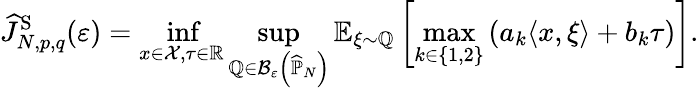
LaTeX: \widehat{J}_{N,p,q}^{\mathrm{S}}(\varepsilon)=\operatorname*{inf}_{x\in\mathcal{X},\tau\in\mathbb{R}}\operatorname*{sup}_{\mathbb{Q}\in\mathcal{B}_{\varepsilon}\left(\widehat{\mathbb{P}}_{N}\right)}\mathbb{E}_{\xi\sim\mathbb{Q}}\left[\operatorname*{max}_{k\in\left\{ 1,2\right\} }\left(a_{k}\langle x,\xi\rangle+b_{k}\tau\right)\right].